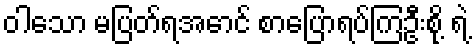
ဝါသော မပြတ်ရအောင် စာပြောရပ်ကြဦးစို့ ရဲ့